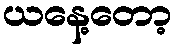
ယနေ့တော့